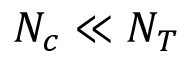
N _ { c } \ll N _ { T }